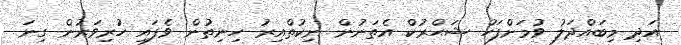
އަދި މިބައްދަލު ވުމަށްފަހު ޝަޙްރުކް އެތަނުން ނިކުތްއިރު ހިނިތުން ވެފައި ހުރިވަރުން ގިނަ